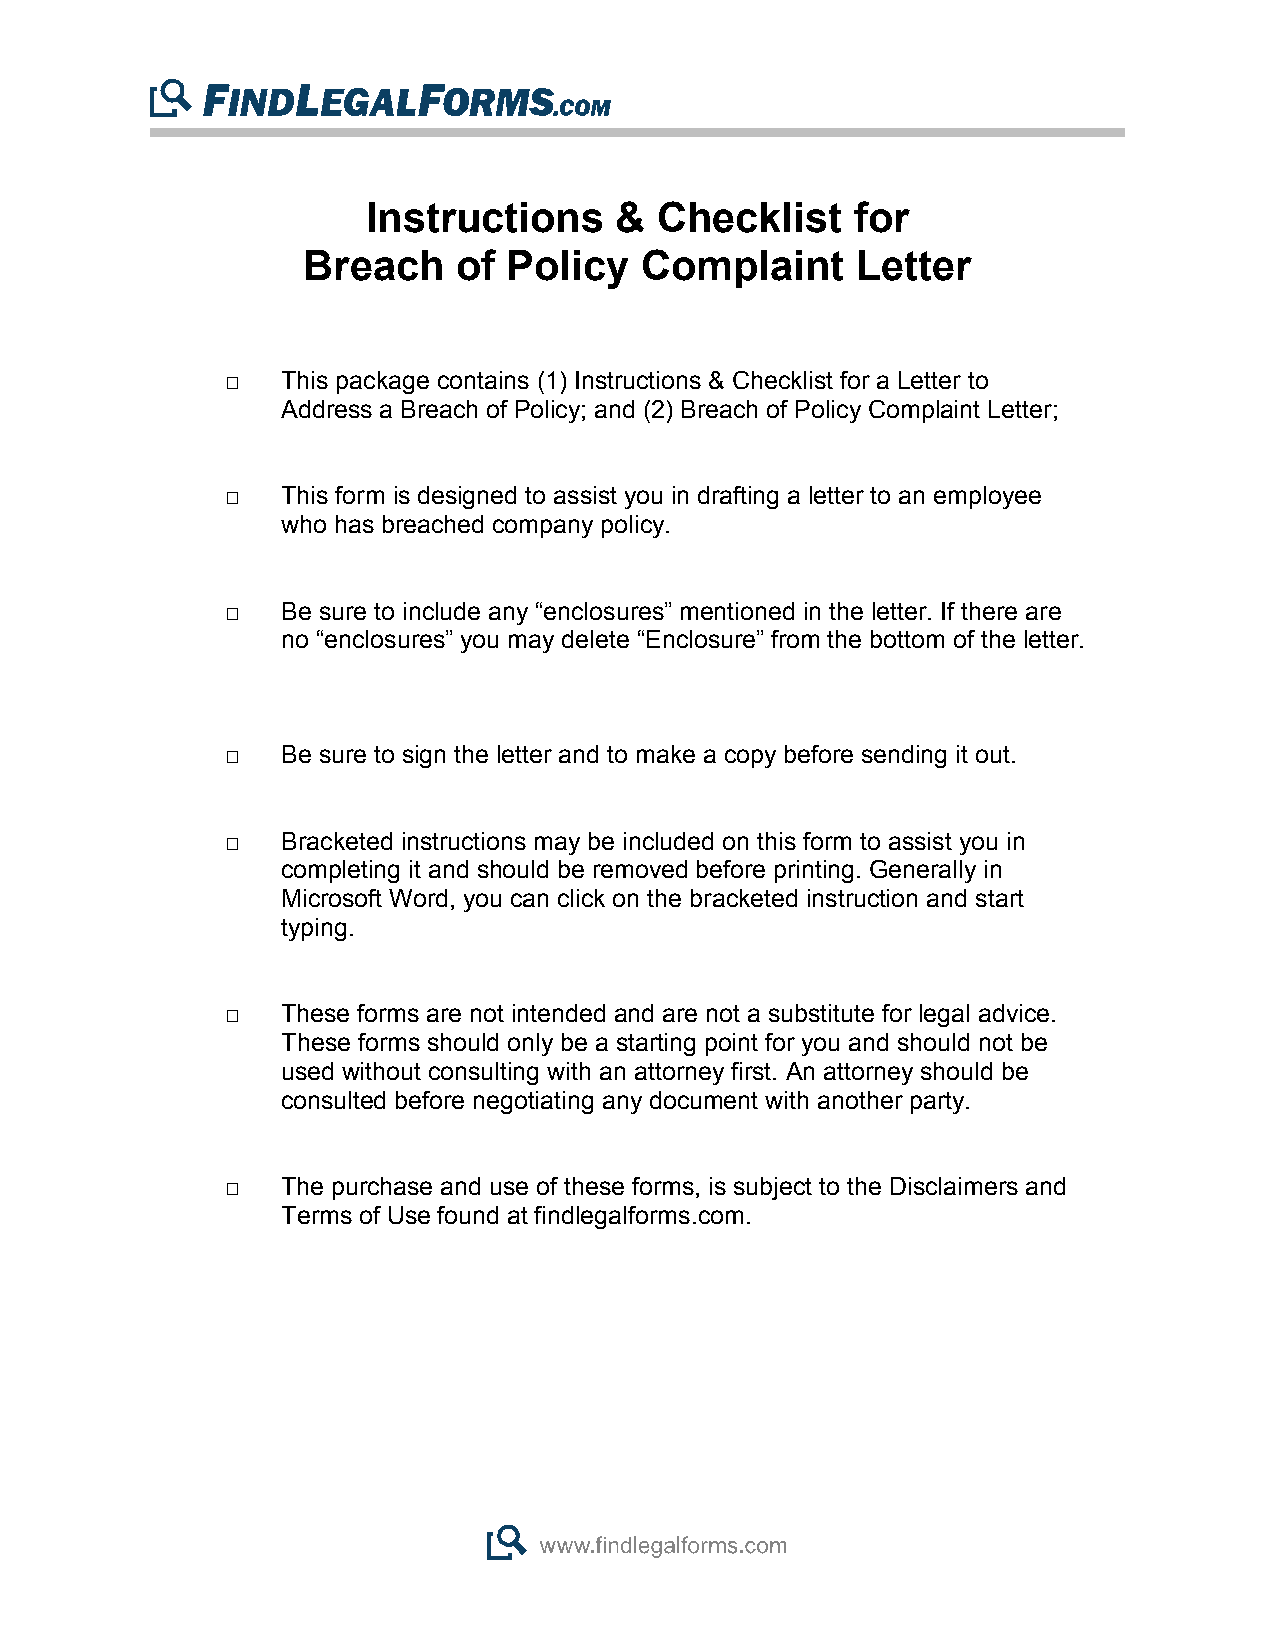
Instructions     &  Checklist    for
 Breach    of  Policy  Complaint      Letter
 □   This package contains (1) Instructions & Checklist for a Letter to
 Address a Breach of Policy; and (2) Breach of Policy Complaint Letter;
 □   This form is designed to assist you in drafting a letter to an employee
 who has breached company policy.
 □   Be sure to include any “enclosures” mentioned in the letter. If there are
 no “enclosures” you may delete “Enclosure” from the bottom of the letter.
 □   Be sure to sign the letter and to make a copy before sending it out.
 □   Bracketed instructions may be included on this form to assist you in
 completing it and should be removed before printing. Generally in
 Microsoft Word, you can click on the bracketed instruction and start
 typing.
 □   These forms are not intended and are not a substitute for legal advice.
 These forms should only be a starting point for you and should not be
 used without consulting with an attorney first. An attorney should be
 consulted before negotiating any document with another party.
 □   The purchase and use of these forms, is subject to the Disclaimers and
 Terms of Use found at findlegalforms.com.